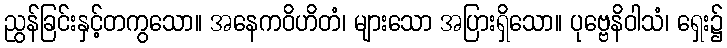
ညွန်ခြင်းနှင့်တကွသော။ အနေကဝိဟိတံ၊ များသော အပြားရှိသော။ ပုဗ္ဗေနိဝါသံ၊ ရှေး၌